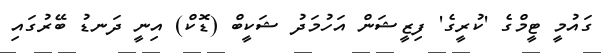
ގައުމީ ޓީމްގެ 'ކުރީގެ' ފިޒީޝަން އަހުމަދު ޝަކީބް (ޑޮކް) އިނީ ދަނޑު ބޭރުގައި